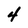
Character: 4